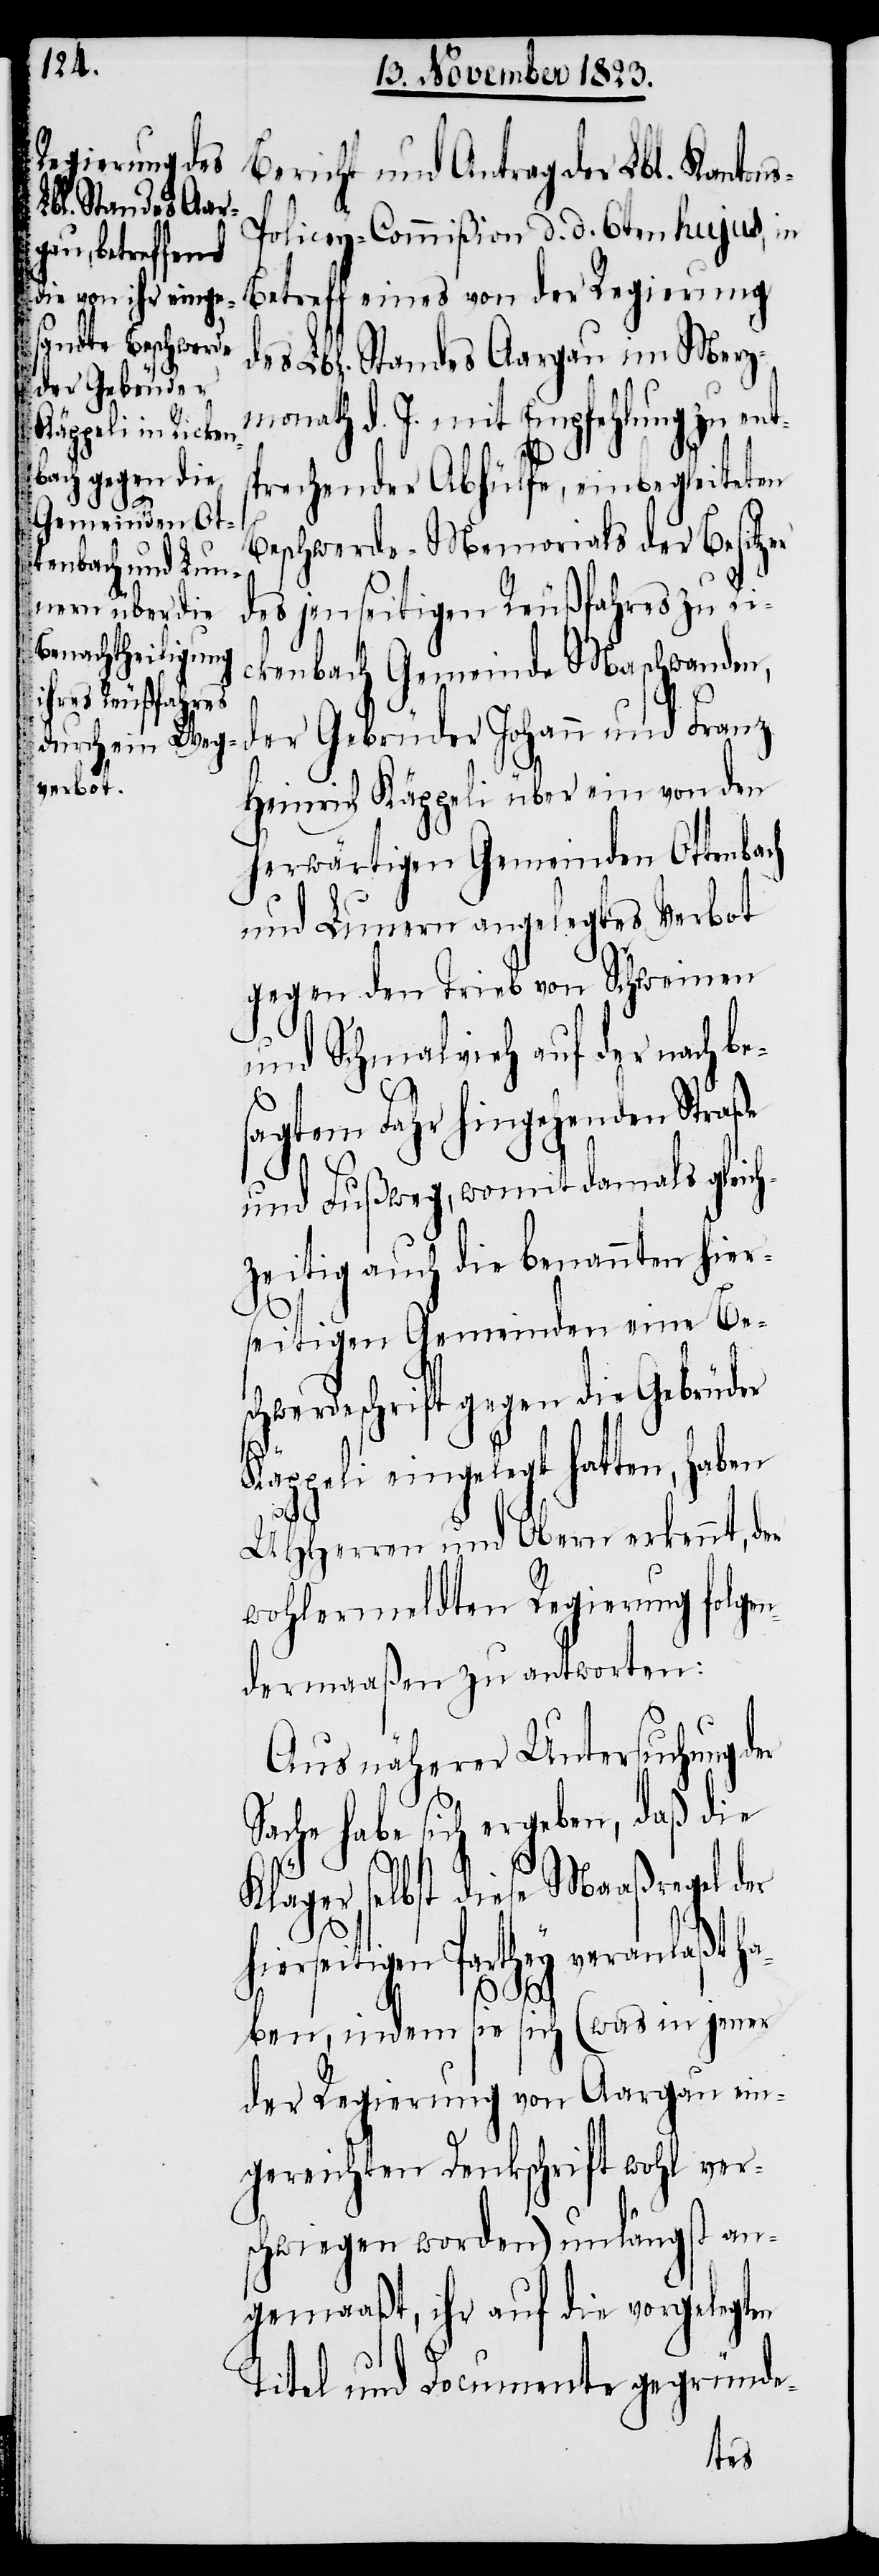
Bericht und Antrag der Lbl. Kanton¬
olicey-Commißion d. d. 6ten hujus, in
Betreff eines von der Regierung
des Lbl. Standes Aargau im Merz¬
monath d. J. mit Empfehlung zu ents¬
prechender Abhülfe, einbegleiteten
Beschwerde-Memorials der Besitzer
des jenseitigen Reußfahres zu Ri¬
ckenbach Gemeinde Maschwanden,
der Gebrüder Johann und Franz
Heinrich Käppeli über ein von den
herwärtigen Gemeinden Ottenbach
und Lunern angelegtes Verbot
gegen den Trieb von Schweinen
und Schmalvieh auf der nach be¬
sagtem Fahr hingehenden
und Fußweg, womit damals gleich¬
zeitig auch die benannten hier¬
seitigen Gemeinden eine Bes¬
chwerdeschrift gegen die Gebrüder
Käppeli eingelegt hatten, haben
UHHerren und Obern erkennt, der
wohlermeldten Regierung folge¬
ndermaaßen zu antworten:
Aus näherer Untersuchung d¬
Sache habe sich ergeben, daß die
läger selbst diese Maaßregel der
hierseitigen Parthey veranlaßt ha¬
s-P¬
K¬
ben, indem sie sich (was in jener
der Regierung von Aargau ein¬
gereichten Denkschrift wohl ver¬
schwiegen worden) unlängst an¬
gemaaßt, ihr auf die vorgelegten
Titel und Documente gegründe-